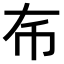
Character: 𢁛